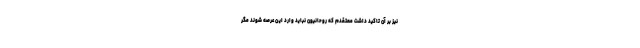
نیز بر آن تاکید داشت معتقدم که روحانیون نباید وارد این عرصه شوند مگر